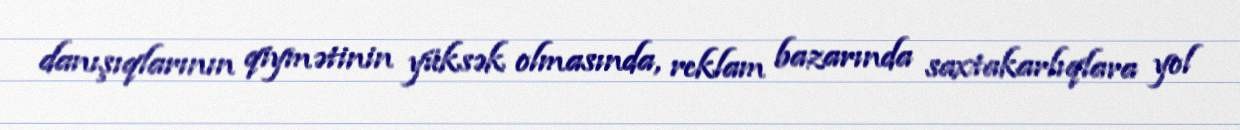
danışıqlarının qiymətinin yüksək olmasında, reklam bazarında saxtakarlıqlara yol